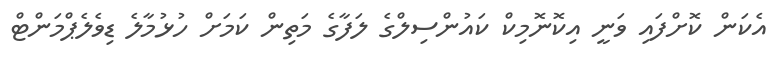
އެކަން ކޮށްފައި ވަނީ އިކޮނޮމިކް ކައުންސިލްގެ ލަފާގެ މަތިން ކަމަށް ހުޅުމާލެ ޑިވެލެޕްމަންޓް